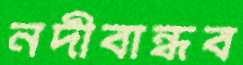
নদীবান্ধব